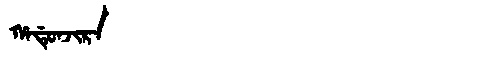
Manchu: ᡥᠠᡩᡠᠨᠵᡳᡵᠠ
Romanization: HADUNJIRA